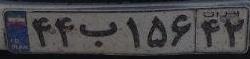
۴۴ب۱۵۶۴۲